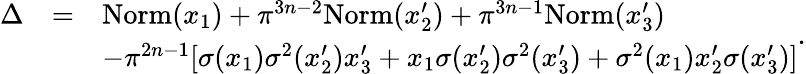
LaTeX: \begin{array}{lll}{\Delta}&{=}&{\mathrm{Norm}(x_{1})+\pi^{3n-2}\mathrm{Norm}(x_{2}^{\prime})+\pi^{3n-1}\mathrm{Norm}(x_{3}^{\prime})}\\ &&{-\pi^{2n-1}[\sigma(x_{1})\sigma^{2}(x_{2}^{\prime})x_{3}^{\prime}+x_{1}\sigma(x_{2}^{\prime})\sigma^{2}(x_{3}^{\prime})+\sigma^{2}(x_{1})x_{2}^{\prime}\sigma(x_{3}^{\prime})]}\end{array}.